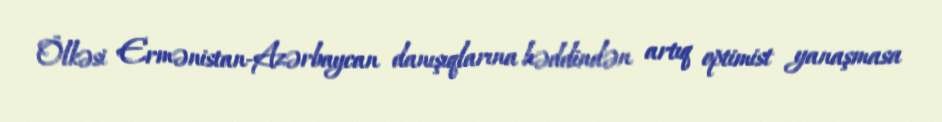
Ölkəsi Ermənistan-Azərbaycan danışıqlarına həddindən artıq optimist yanaşmasa